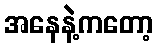
အနေနဲ့ကတော့